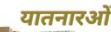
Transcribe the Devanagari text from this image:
यातनारओं